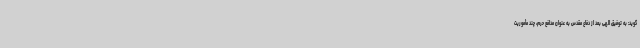
‌گوید: به توفیق الهی بعد از دفاع مقدس به عنوان مدافع حرم، چند مأموریت